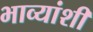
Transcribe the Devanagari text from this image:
भाव्यांशी